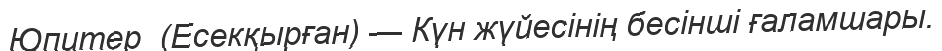
Юпитер  (Есекқырған) — Күн жүйесінің бесінші ғаламшары.